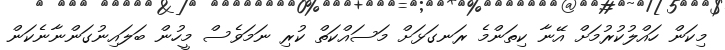
މިކަން ހައްލުކުރުމަށް އޭނާ ކިތަންމެ ރަނގަޅަށް މަސައްކަތް ކުރި ނަމަވެސް މީހުން ބަލައިނުގަންނާނެކަން